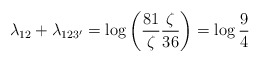
\begin{align*}\lambda_{12}+\lambda_{123'}&=\log \left(\frac{81}{\zeta}\frac{\zeta}{36}\right) =\log \frac{9}{4}\end{align*}